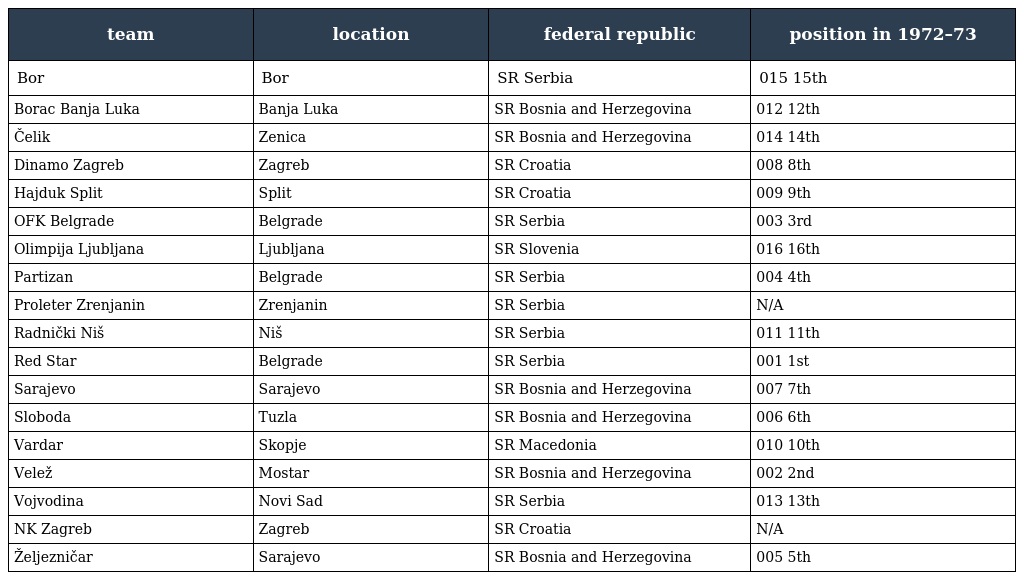
| team | location | federal republic | position in 1972–73 |
 | --- | --- | --- | --- |
 | Bor | Bor | SR Serbia | 015 15th |
 | Borac Banja Luka | Banja Luka | SR Bosnia and Herzegovina | 012 12th |
 | Čelik | Zenica | SR Bosnia and Herzegovina | 014 14th |
 | Dinamo Zagreb | Zagreb | SR Croatia | 008 8th |
 | Hajduk Split | Split | SR Croatia | 009 9th |
 | OFK Belgrade | Belgrade | SR Serbia | 003 3rd |
 | Olimpija Ljubljana | Ljubljana | SR Slovenia | 016 16th |
 | Partizan | Belgrade | SR Serbia | 004 4th |
 | Proleter Zrenjanin | Zrenjanin | SR Serbia | N/A |
 | Radnički Niš | Niš | SR Serbia | 011 11th |
 | Red Star | Belgrade | SR Serbia | 001 1st |
 | Sarajevo | Sarajevo | SR Bosnia and Herzegovina | 007 7th |
 | Sloboda | Tuzla | SR Bosnia and Herzegovina | 006 6th |
 | Vardar | Skopje | SR Macedonia | 010 10th |
 | Velež | Mostar | SR Bosnia and Herzegovina | 002 2nd |
 | Vojvodina | Novi Sad | SR Serbia | 013 13th |
 | NK Zagreb | Zagreb | SR Croatia | N/A |
 | Željezničar | Sarajevo | SR Bosnia and Herzegovina | 005 5th |